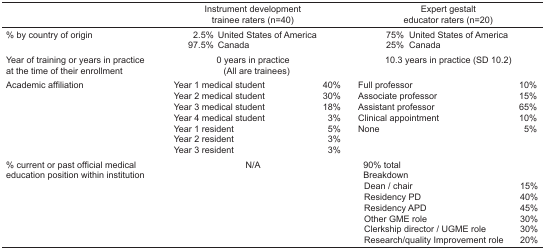
<table><thead><tr><td></td><td colspan="2"><b>Instrument development trainee raters (n=40)</b></td><td colspan="2"><b>Expert gestalt educator raters (n=20)</b></td></tr></thead><tbody><tr><td rowspan="2">% by country of origin</td><td colspan="2">2.5% United States of America</td><td colspan="2">75% United States of America</td></tr><tr><td colspan="2">97.5% Canada</td><td colspan="2">25% Canada</td></tr><tr><td>Year of training or years in practice at the time of their enrollment</td><td colspan="2">0 years in practice (All are trainees)</td><td colspan="2">10.3 years in practice (SD 10.2)</td></tr><tr><td rowspan="7">Academic affiliation</td><td>Year 1 medical student</td><td>40%</td><td>Full professor</td><td>10%</td></tr><tr><td>Year 2 medical student</td><td>30%</td><td>Associate professor</td><td>15%</td></tr><tr><td>Year 3 medical student</td><td>18%</td><td>Assistant professor</td><td>65%</td></tr><tr><td>Year 4 medical student</td><td>3%</td><td>Clinical appointment</td><td>10%</td></tr><tr><td>Year 1 resident</td><td>5%</td><td>None</td><td>5%</td></tr><tr><td>Year 2 resident</td><td>3%</td><td></td><td></td></tr><tr><td>Year 3 resident</td><td>3%</td><td></td><td></td></tr><tr><td rowspan="8">% current or past official medical education position within institution</td><td rowspan="8" colspan="2">N/A</td><td>90% total</td><td></td></tr><tr><td>Breakdown</td><td></td></tr><tr><td>Dean/chair</td><td>15%</td></tr><tr><td>Residency PD</td><td>40%</td></tr><tr><td>Residency APD</td><td>45%</td></tr><tr><td>Other GME role</td><td>30%</td></tr><tr><td>Clerkship director/UGME role</td><td>30%</td></tr><tr><td>Research/quality Improvement role</td><td>20%</td></tr></tbody></table>